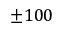
\pm 1 0 0